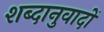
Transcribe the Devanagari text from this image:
शब्दानुवादों